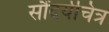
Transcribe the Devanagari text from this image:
सौंदर्यचित्र